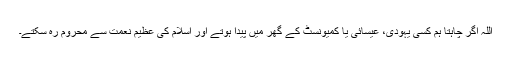
اللہ اگر چاہتا ہم کسی یہودی، عیسائی یا کمیونسٹ کے گھر میں پیدا ہوتے اور اسلام کی عظیم نعمت سے محروم رہ سکتے۔